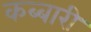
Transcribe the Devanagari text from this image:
कब्बारी